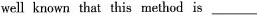
well known that this method is ___